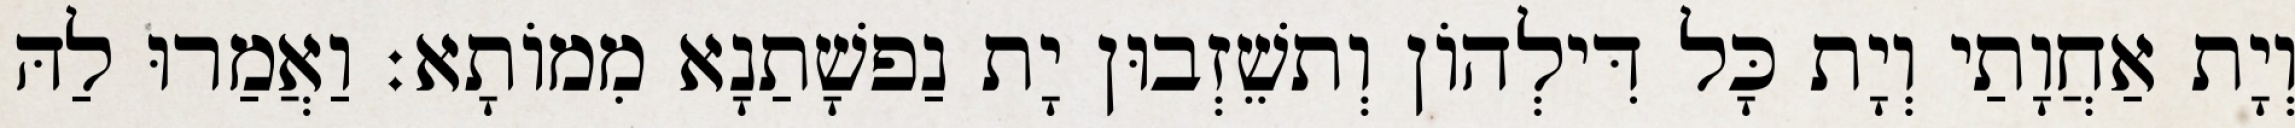
וְיָת אַחֲוָתַי וְיָת כָּל דִּילְהוֹן וְתשֵׁזְבוּן יָת נַפשָׁתַנָא מִמוֹתָא׃ וַאֲמַרוּ לַהּ